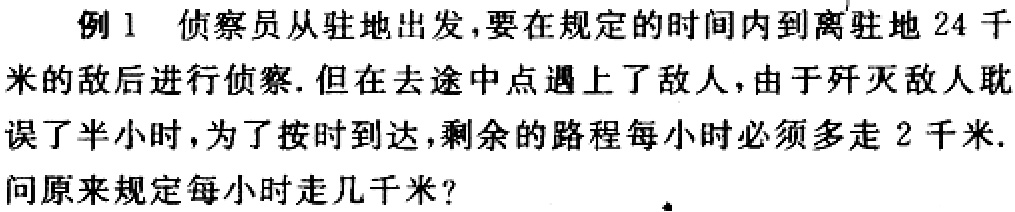
例 1 侦察员从驻地出发,要在规定的时间内到离驻地 \(24\) 千米的敌后进行侦察. 但在去途中点遇上了敌人,由于歼灭敌人耽误了半小时,为了按时到达,剩余的路程每小时必须多走 \(2\) 千米. 问原来规定每小时走几千米?